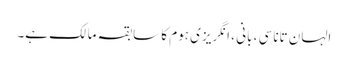
الہان ​​تاناسی ، بانی ، انگریزی ہوم کا سابقہ ​​مالک ہے۔